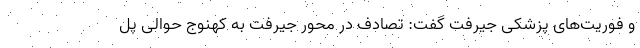
و فوریت‌های پزشکی جیرفت گفت: تصادف در محور جیرفت به کهنوج حوالی پُل